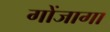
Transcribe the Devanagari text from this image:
गोंजागा